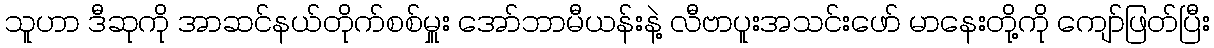
သူဟာ ဒီဆုကို အာဆင်နယ်တိုက်စစ်မှူး အော်ဘာမီယန်းနဲ့ လီဗာပူးအသင်းဖော် မာနေးတို့ကို ကျော်ဖြတ်ပြီး